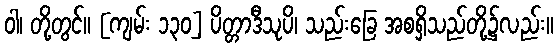
ဝါ၊ တို့တွင်။ [ကျမ်း ၁၃၀] ပိတ္တာဒီသုပိ၊ သည်းခြေ အစရှိသည်တို့၌လည်း။